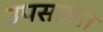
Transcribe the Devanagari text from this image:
उपसामंत